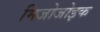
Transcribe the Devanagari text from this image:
मिजोजोइक